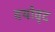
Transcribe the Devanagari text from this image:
वयोवृद